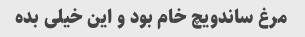
مرغ ساندویچ خام بود و این خیلی بده